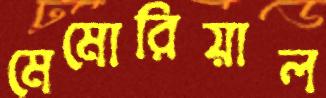
মেমোরিয়াল